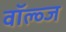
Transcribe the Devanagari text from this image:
वॉल्व्ज